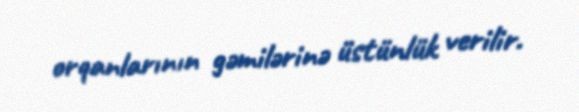
orqanlarının gəmilərinə üstünlük verilir.